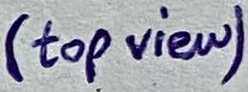
Text: (top view)